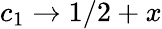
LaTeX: c_{1}\rightarrow 1/2+x